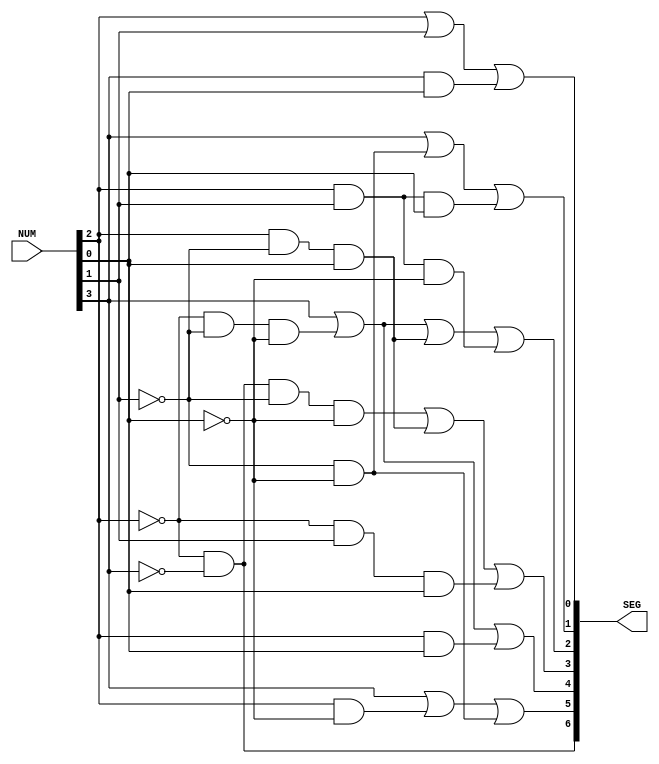
`timescale 1ns / 1ps
//////////////////////////////////////////////////////////////////////////////////
// Company:
// Engineer:
//
// Design Name:
// Module Name:    klingon_structural
// Project Name:
// Target Devices:
// Tool versions:
// Description:
//
// Dependencies:
//
// Revision:
// Revision 0.01 - File Created
// Additional Comments:
//
//////////////////////////////////////////////////////////////////////////////////
module klingon_structural(
    input [3:0] NUM,
    output [6:0] SEG
    );

	wire IN0 = NUM[0];
	wire IN1 = NUM[1];
	wire IN2 = NUM[2];
	wire IN3 = NUM[3];

	wire N_IN0 = ~IN0;
	wire N_IN1 = ~IN1;
	wire N_IN2 = ~IN2;
	wire N_IN3 = ~IN3;

	wire a, b, c, d, e, f, g;
	assign SEG = {a, b, c, d, e, f, g};

	assign a = N_IN2 & N_IN3;
	assign b = IN3 | (IN2 & N_IN0) | (N_IN1 & N_IN0);
	assign c = IN3 | (N_IN2 & N_IN1 & N_IN0) | (IN2 & IN0);
	assign d = (N_IN3 & N_IN2 & N_IN1 & N_IN0) | (IN2 & N_IN1 & IN0) | (N_IN2 & IN1 & IN0);
	assign e = (N_IN2 & N_IN1 & N_IN0) | IN3 | (IN2 & N_IN1 & IN0) | (IN2 & IN1 & N_IN0);
	assign f = IN3 | (N_IN1 & N_IN0) | (IN2 & IN1 & IN0);
	assign g = IN2 | IN1 | (IN3 & IN0);

endmodule